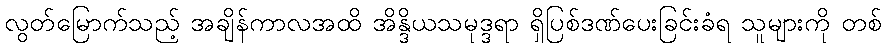
လွတ်မြောက်သည့် အချိန်ကာလအထိ အိန္ဒိယသမုဒ္ဒရာ ရှိပြစ်ဒဏ်ပေးခြင်းခံရ သူများကို တစ်